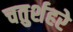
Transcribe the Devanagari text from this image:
चतुर्शहरे